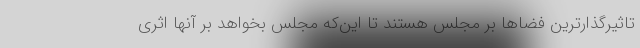
تاثیرگذارترین‌ فضاها بر مجلس هستند تا این‌که مجلس بخواهد بر آنها اثری